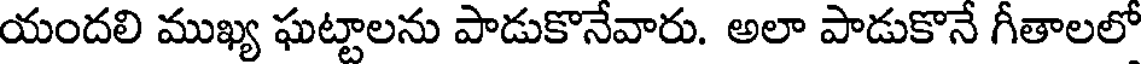
యందలి ముఖ్య ఘట్టాలను పాడుకొనేవారు. అలా పాడుకొనే గీతాలలో